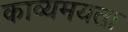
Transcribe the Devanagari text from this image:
काव्यमयता